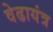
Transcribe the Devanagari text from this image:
वेढायंत्र